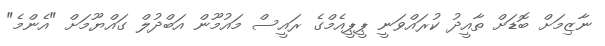
ނާޒިމަށް ބޮޑަށް ތާއީދު ކުރައްވަނީ ޕީޕީއެމްގެ ރައީސް މައުމޫން އަބްދުލް ގައްޔޫމަށް "އެންމެ"